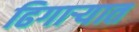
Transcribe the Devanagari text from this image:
ढिगार्‍यात